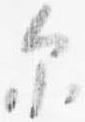
示